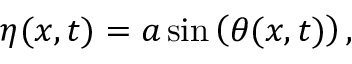
\eta ( x , t ) = a \sin \left( \theta ( x , t ) \right) ,